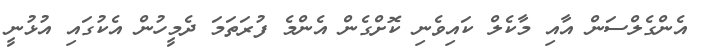
އެންގެލްސަން އާއި މާކެލް ކައިވެނި ކޮށްގެން އެންމެ ފުރަތަމަ ދެމީހުން އެކުގައި އުޅުނީ